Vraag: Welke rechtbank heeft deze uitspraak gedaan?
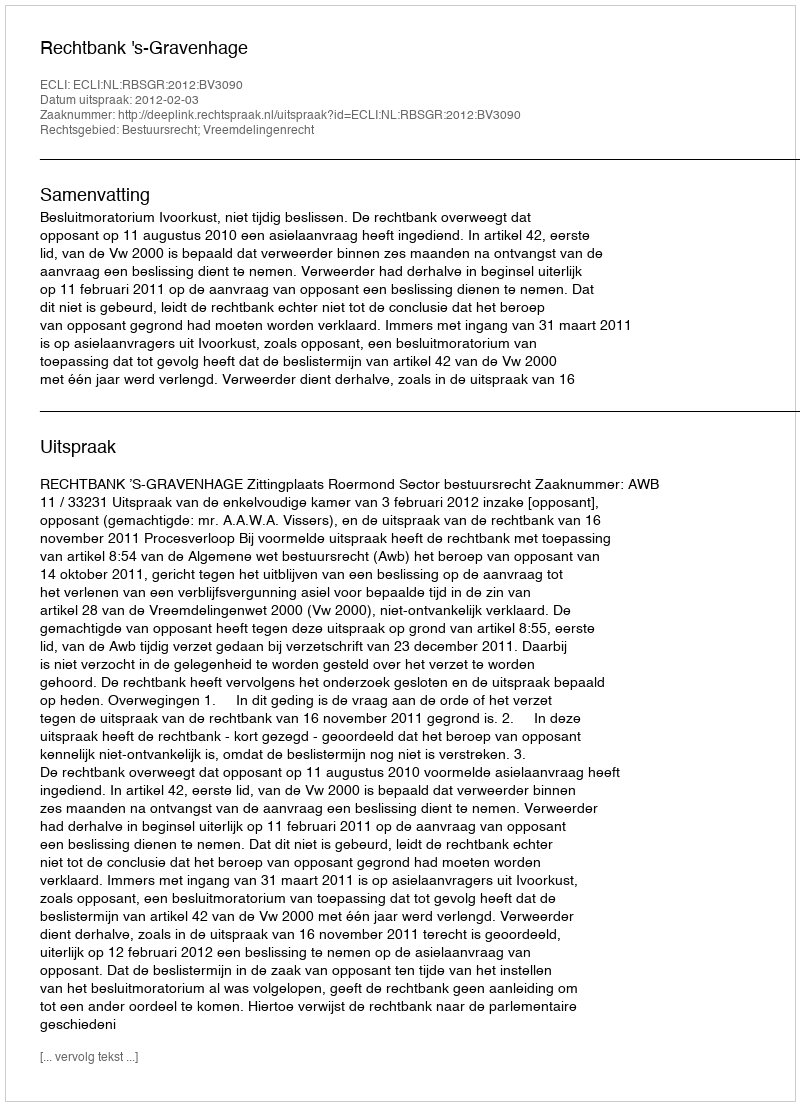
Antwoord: Rechtbank 's-Gravenhage